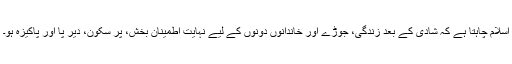
اسلام چاہتا ہے کہ شادی کے بعد زندگی، جوڑے اور خاندانوں دونوں کے لیے نہایت اطمینان بخش، پر سکون، دیر پا اور پاکیزہ ہو۔